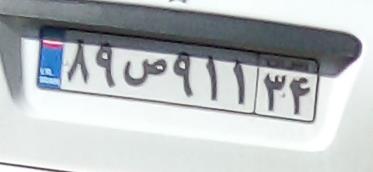
۸۹ص۹۱۱۳۴